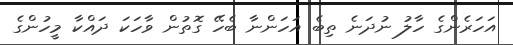
އަހަރެންގެ ހާލު ނުދަނެ ތިބެ އަހަންނާ ބެހޭ ގޮތުން ވާހަކަ ދައްކާ މީހުންގެ